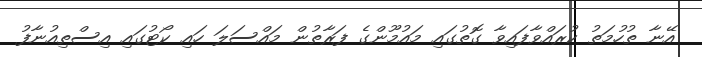
އޭނާ ތުހުމަތު ކުރައްވާފައިވާ ގޮތުގައި މައުމޫންގެ ފަރާތުން މައްސަލަ ހައި ކޯޓުގައި އިސްތިއުނާފު